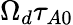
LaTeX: \Omega_{d}\tau_{A0}